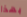
بهذا